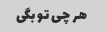
هر چی تو بگی